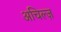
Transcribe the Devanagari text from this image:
अचिल्ज़